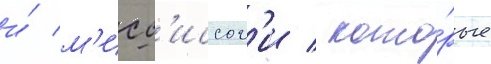
и́ м'исс'иссог'и / кото́рые